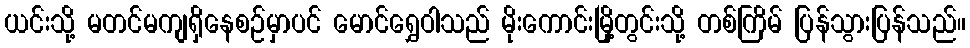
ယင်းသို့ မတင်မကျရှိနေစဉ်မှာပင် မောင်ရွှေဝါသည် မိုးကောင်းမြို့တွင်းသို့ တစ်ကြိမ် ပြန်သွားပြန်သည်။